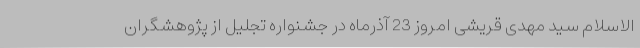
الاسلام سید مهدی قریشی امروز 23 آذرماه در جشنواره تجلیل از پژوهشگران